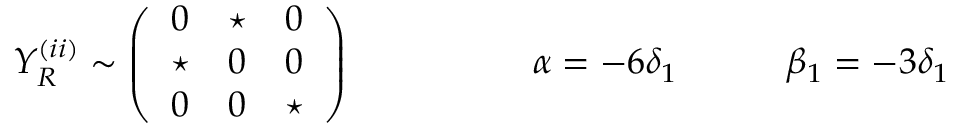
Y _ { R } ^ { ( i i ) } \sim \left( \begin{array} { c c c } { { 0 } } & { { \star } } & { { 0 } } \\ { { \star } } & { { 0 } } & { { 0 } } \\ { { 0 } } & { { 0 } } & { { \star } } \end{array} \right) \qquad \qquad \quad \alpha = - 6 \delta _ { 1 } \qquad \quad \beta _ { 1 } = - 3 \delta _ { 1 }